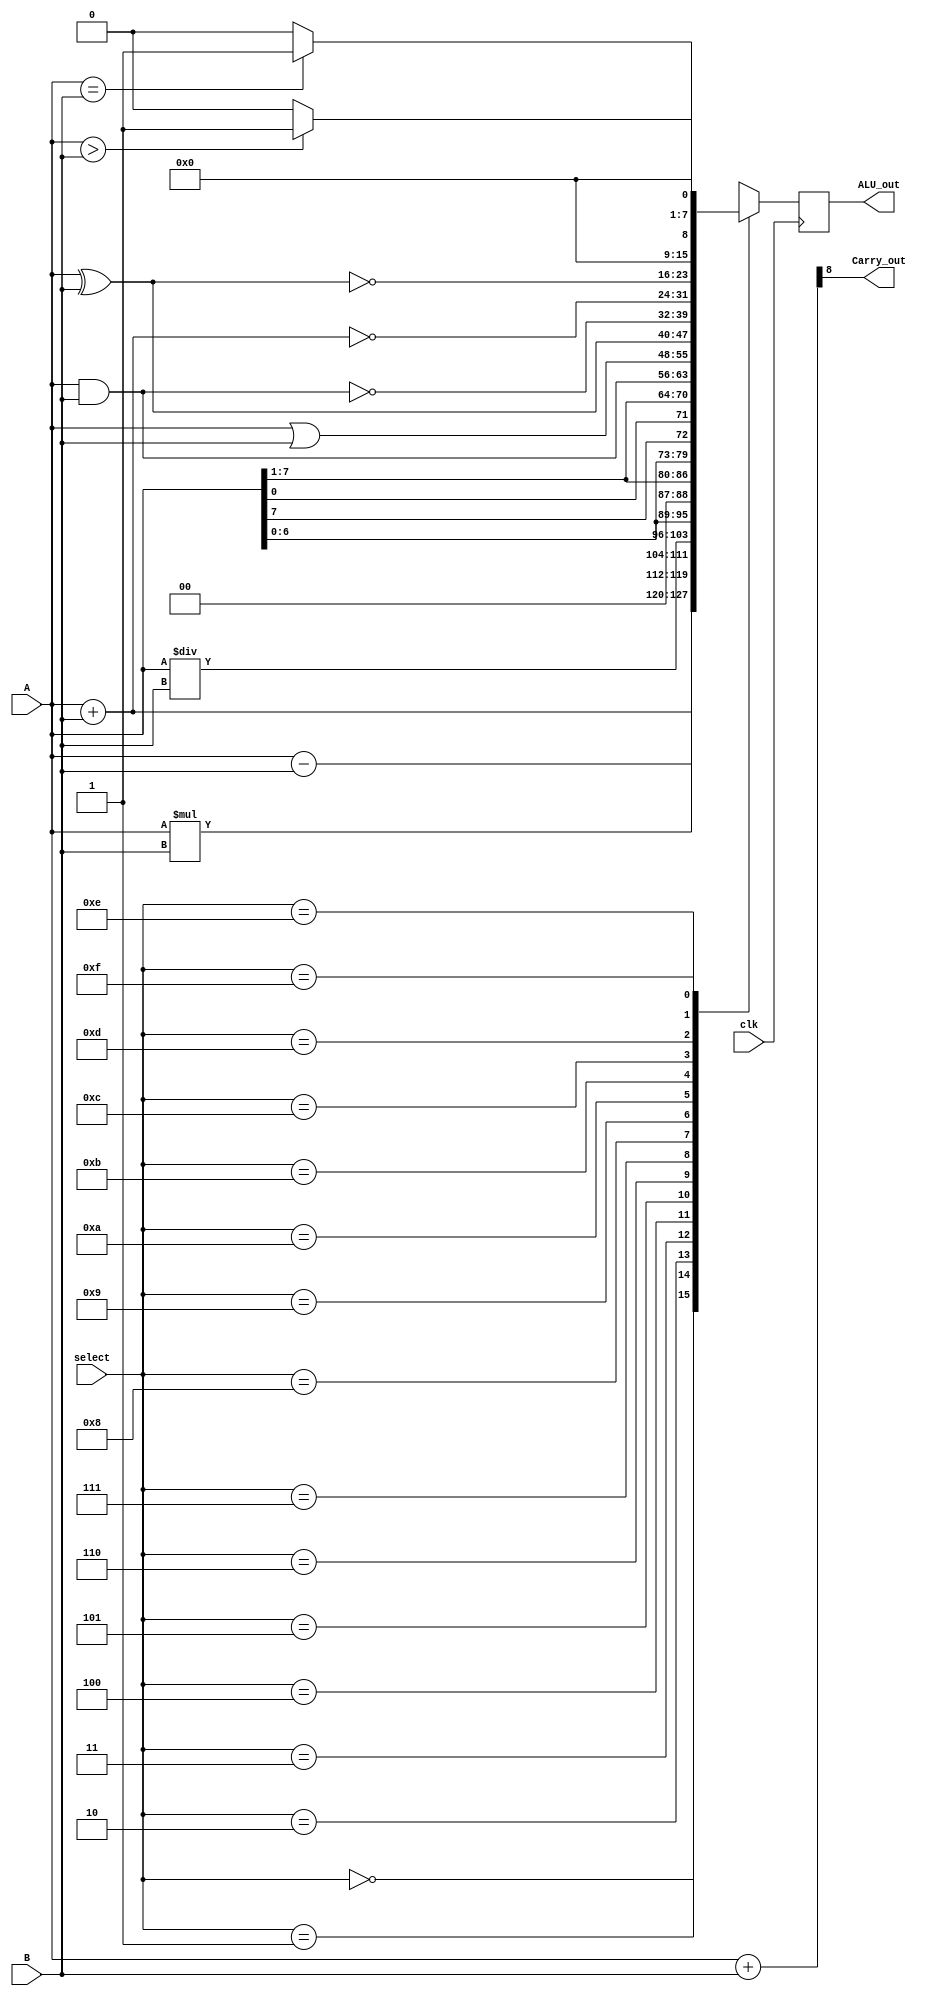
module ALU(

input [7:0] A, B,
input [3:0] select,
input clk,
output [7:0] ALU_out,
output Carry_out

);

reg [7:0] ALU_result;
wire [8:0] tmp;


assign ALU_out = ALU_result;
assign tmp = {1'b0, A} + {1'b0,B};
assign Carry_out = tmp[8];



always @(posedge clk)
begin

case (select)
4'b0000: //Addition
ALU_result = A + B;
4'b0001: //Substractin
ALU_result = A - B;
4'b0010: //Multiplication
ALU_result = A*B ;
4'b0011: //Division
ALU_result = A / B;
4'b0100: //Logical left shift on A
ALU_result = A <<1 ;
4'b0101: //Logical shift right on A
ALU_result = A >>1 ;
4'b0110: //Rotate left on A
ALU_result = {A[6:0], A[7]};
4'b0111: //Rotate right on A
ALU_result = {A[0], A[7:1]};
4'b1000: //Logical AND
ALU_result = A &B;
4'b1001: //Logical OR 
ALU_result = A |B;
4'b1010: //Logical xor
ALU_result = A ^ B;
4'b1011: //Logical NAND
ALU_result =~( A & B);
4'b1100: //Logical NOR
ALU_result = ~(A+B);
4'b1101: //Logical XNOR
ALU_result = ~(A^B);
4'b1110: //Greater comparision
ALU_result = (A>B)?8'd1:8'd0;
4'b1111: // Equal Comparision
ALU_result = ( A==B )?8'd1:8'd0;

default:
ALU_result = A + B;

endcase

end //ending of case

endmodule